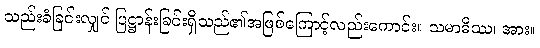
သည်းခံခြင်းလျှင် ပြဋ္ဌာန်းခြင်းရှိသည်၏အဖြစ်ကြောင့်လည်းကောင်း။ သမာဓိဿ၊ အား။